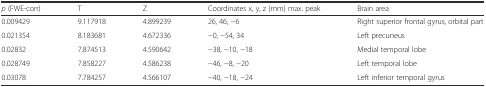
| p (FWE-corr) | T | Z | Coordinates x, y, z {mm} max. peak | Brain area |
 | --- | --- | --- | --- | --- |
 | 0.009429 | 9.117918 | 4.899239 | 26, 46, −6 | Right superior frontal gyrus, orbital part |
 | 0.021354 | 8.183681 | 4.672336 | −0, −54, 34 | Left precuneus |
 | 0.02832 | 7.874513 | 4.590642 | −38, −10, −18 | Medial temporal lobe |
 | 0.028749 | 7.858227 | 4.586238 | −46, −8, −20 | Left temporal lobe |
 | 0.03078 | 7.784257 | 4.566107 | −40, −18, −24 | Left inferior temporal gyrus |